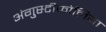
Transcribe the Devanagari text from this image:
अंगुस्टीफोलिया